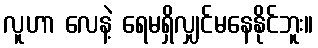
လူဟာ လေနဲ့ ရေမရှိလျှင်မနေနိုင်ဘူး။